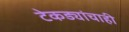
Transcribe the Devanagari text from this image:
टेकड्यांचाही